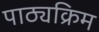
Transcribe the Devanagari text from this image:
पाठ्यक्रिम